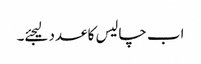
اب چالیس کا عدد لیجئے۔